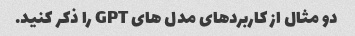
دو مثال از کاربردهای مدل های GPT را ذکر کنید.